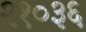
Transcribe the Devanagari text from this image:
२१०३६